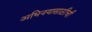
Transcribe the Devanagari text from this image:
अभिनयासाठीची